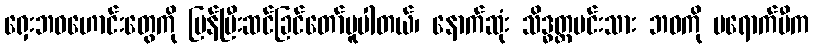
ရှေးဘဝဟောင်းတွေကို ပြန်ပြီးဆင်ခြင်တော်မူပါတယ်၊ နောက်ဆုံး သိဒ္ဓတ္ထမင်းသား ဘဝကို မရောက်မီက